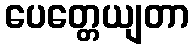
ပေတ္တေယျတာ